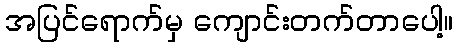
အပြင်ရောက်မှ ကျောင်းတက်တာပေါ့။